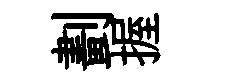
劃握